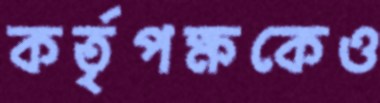
কর্তৃপক্ষকেও